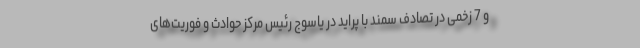
و 7 زخمی در تصادف سمند با پراید در یاسوج رئیس مرکز حوادث و فوریت‌های